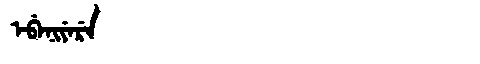
Manchu: ᡝᠪᡝᠨᡳᠶᡝᡵᡝ
Romanization: EBENIYERE